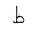
Letter: _da